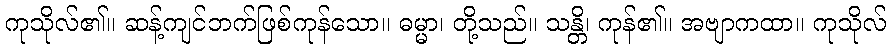
ကုသိုလ်၏။ ဆန့်ကျင်ဘက်ဖြစ်ကုန်သော။ ဓမ္မာ၊ တို့သည်။ သန္တိ၊ ကုန်၏။ အဗျာကထာ။ ကုသိုလ်